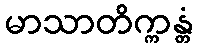
မာသာတိက္ကန္တံ